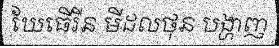
ឃែធើរីន មីដលថុន បង្ហាញ